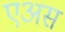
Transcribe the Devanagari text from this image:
एअस